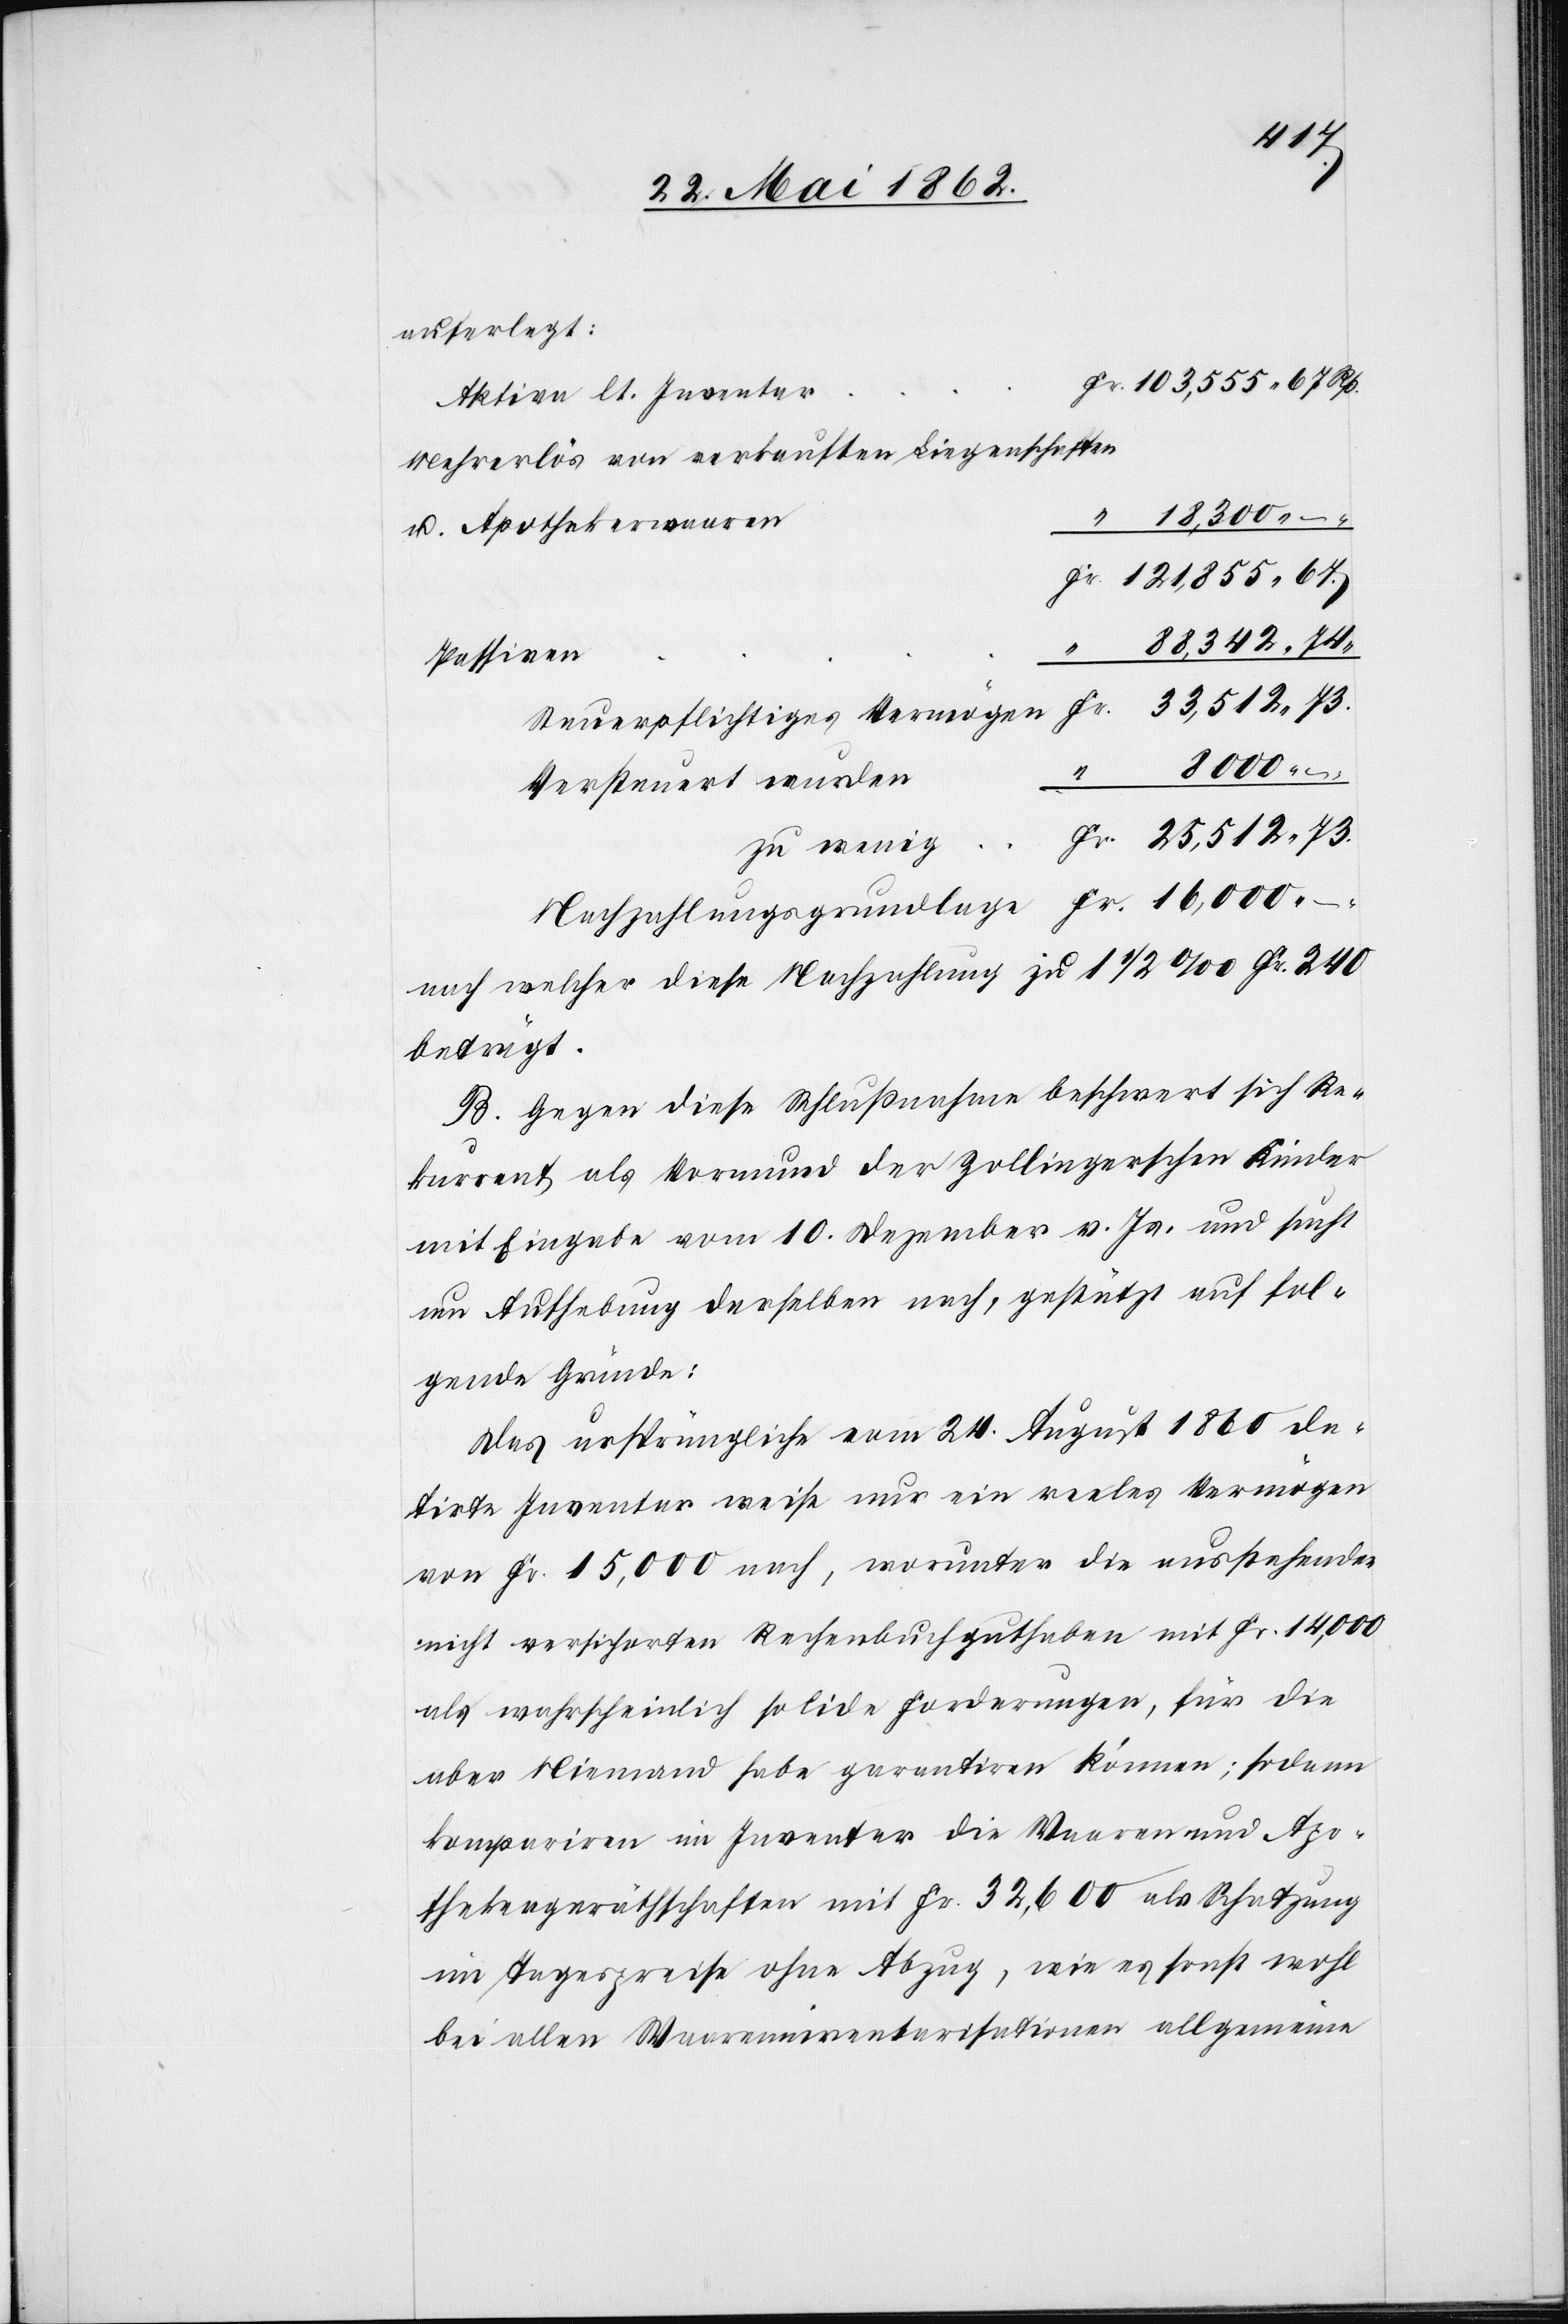
121,855
auferlegt:
Aktive lt. Inventar
Mehrerlös von verkauften Liegenschaften
u. Apothekerwaaren
–
Passiven
Steuerpflichtiges Vermögen
8000
Fr.
Versteuert wurden
zu wenig
Nachzahlungsgrundlage
nach welcher diese Nachzahlung zu 1 1/2‰ Fr. 240
beträgt.
B. Gegen diese Schlußnahme beschwert sich Re¬
kurrent als Vormund der Zollingerschen Kinder
mit Eingabe vom 10. Dezember v. Js. und sucht
um Aufhebung derselben nach, gestützt auf fol¬
gende Gründe:
Das ursprüngliche vom 24. August 1860 da¬
tirte Inventar weise nur ein reeles Vermögen
von Fr. 15,000 nach, worunter die ausstehenden
nicht versicherten Rechenbuchguthaben mit Fr. 14,000
als wahrscheinlich solide Forderungen, für die
aber Niemand habe garantiren können; sodann
kompariren im Inventar die Waaren und Apo¬
thekergeräthschaften mit Fr. 32,600 als Schatzung
im Tagespreise ohne Abzug, wie es sonst wohl
bei allen Waareninventarisationen allgemein